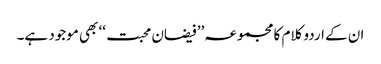
ان کے اردو کلام کا مجموعہ’’ فیضان محبت ‘‘ بھی موجود ہے۔